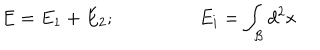
LaTeX: E = E _ { 1 } + E _ { 2 } ; \ \ E _ { i } = \int _ { \mathcal { B } } d ^ { 2 } x